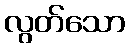
လွတ်သော